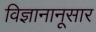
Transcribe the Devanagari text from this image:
विज्ञानानूसार